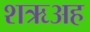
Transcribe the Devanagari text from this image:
शऋअह